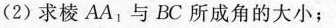
(2)求棱AA_{1}与BC所成角的大小；